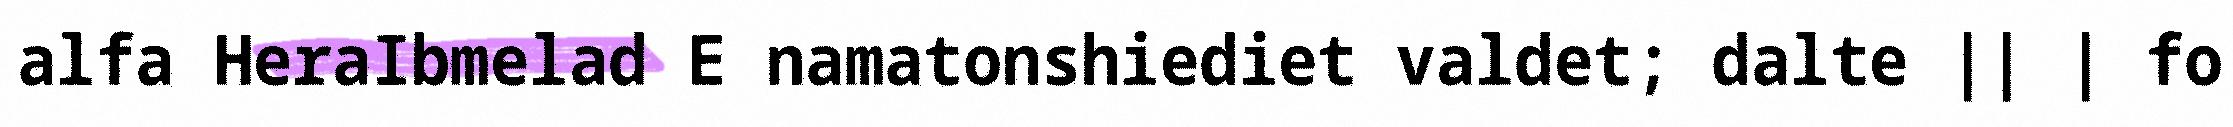
alfa HeraIbmelad E namatonshiediet valdet; dalte || | fo